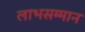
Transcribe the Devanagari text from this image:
लाभसम्मान